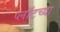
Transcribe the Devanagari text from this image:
प्लॉटच्या